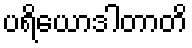
ပရိယောဒါတာတိ